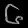
Digit: ၆